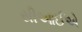
સીઆઈએ